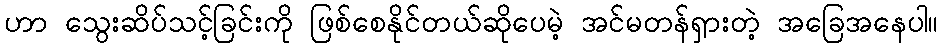
ဟာ သွေးဆိပ်သင့်ခြင်းကို ဖြစ်စေနိုင်တယ်ဆိုပေမဲ့ အင်မတန်ရှားတဲ့ အခြေအနေပါ။